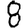
Digit: 8